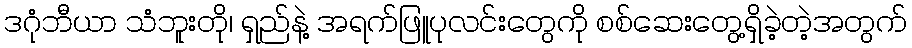
ဒဂုံဘီယာ သံဘူးတို၊ ရှည်နဲ့ အရက်ဖြူပုလင်းတွေကို စစ်ဆေးတွေ့ရှိခဲ့တဲ့အတွက်